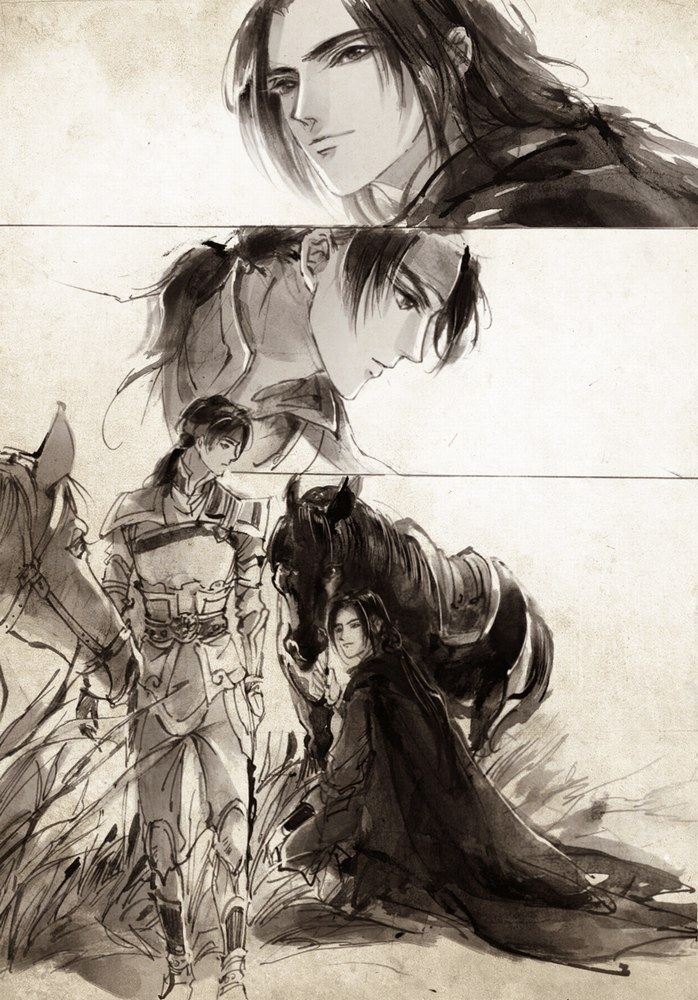
两刃相割，利钝乃知二论相订，是非乃见。